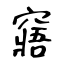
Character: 窹